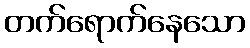
တက်ရောက်နေသော